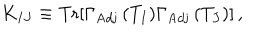
K _ { I J } \equiv \mathrm { T r } [ \Gamma _ { \mathrm { A d j } } \, ( T _ { I } ) \Gamma _ { \mathrm { A d j } } \, ( T _ { J } ) ] \, ,